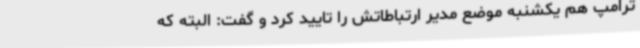
ترامپ هم یکشنبه موضع مدیر ارتباطاتش را تایید کرد و گفت: البته که